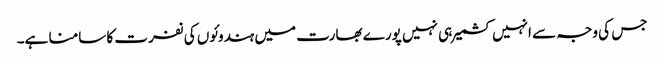
جس کی وجہ سے انہیں کشمیر ہی نہیں پورے بھارت میں ہندوئوں کی نفرت کا سامنا ہے۔